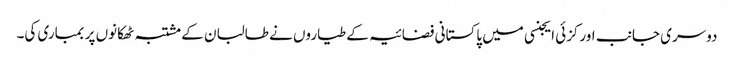
دوسری جانب اورکزئی ایجنسی میں پاکستانی فضائیہ کے طیاروں نے طالبان کے مشتبہ ٹھکانوں پر بمباری کی۔